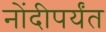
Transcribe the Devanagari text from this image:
नोंदीपर्यंत